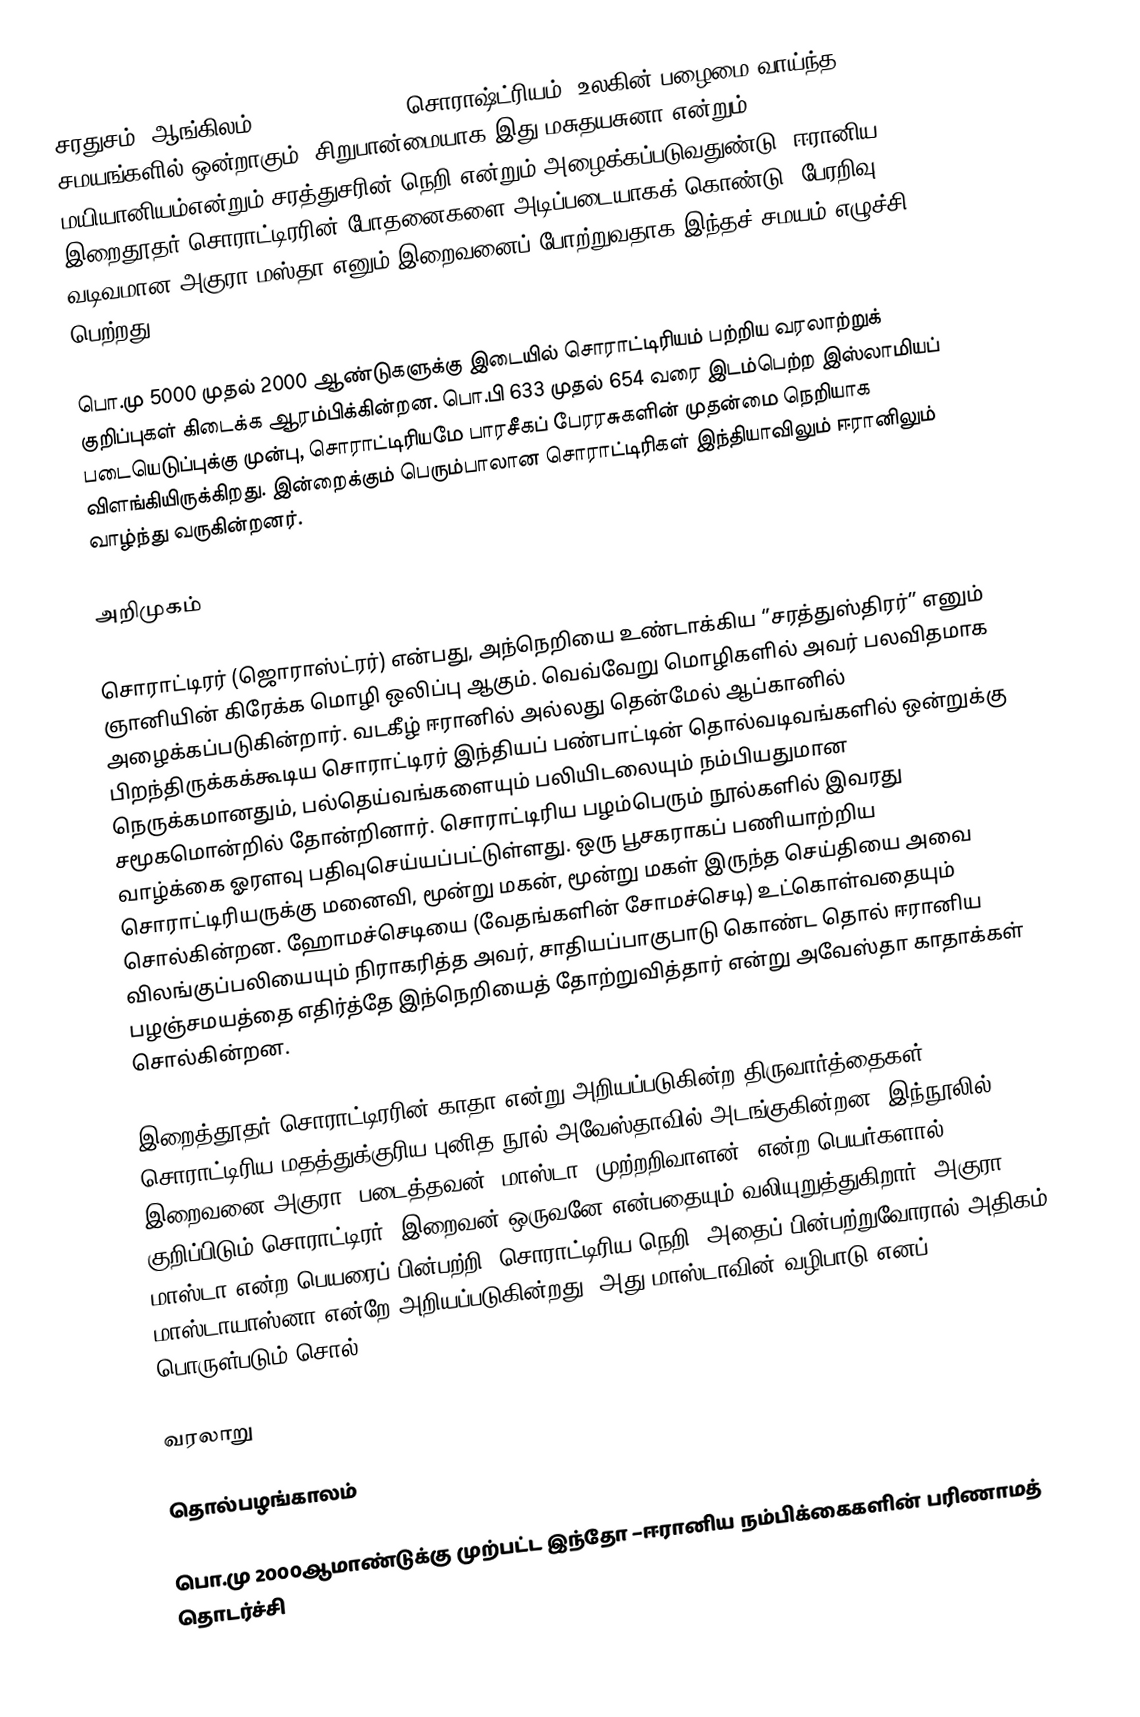
சரதுசம் (ஆங்கிலம்: Zoroastrianism, சொராஷ்ட்ரியம்) உலகின் பழைமை வாய்ந்த சமயங்களில் ஒன்றாகும். சிறுபான்மையாக இது மசுதயசுனா என்றும் மயியானியம்என்றும் சரத்துசரின் நெறி என்றும் அழைக்கப்படுவதுண்டு. ஈரானிய இறைதூதர் சொராட்டிரரின் போதனைகளை அடிப்படையாகக் கொண்டு, பேரறிவு வடிவமான அகுரா மஸ்தா எனும் இறைவனைப் போற்றுவதாக இந்தச் சமயம் எழுச்சி பெற்றது.

பொ.மு 5000 முதல் 2000 ஆண்டுகளுக்கு இடையில் சொராட்டிரியம் பற்றிய வரலாற்றுக் குறிப்புகள் கிடைக்க ஆரம்பிக்கின்றன. பொ.பி 633 முதல் 654 வரை இடம்பெற்ற இஸ்லாமியப் படையெடுப்புக்கு முன்பு,  சொராட்டிரியமே பாரசீகப் பேரரசுகளின் முதன்மை நெறியாக விளங்கியிருக்கிறது. இன்றைக்கும் பெரும்பாலான சொராட்டிரிகள் இந்தியாவிலும் ஈரானிலும் வாழ்ந்து வருகின்றனர்.

அறிமுகம்

சொராட்டிரர் (ஜொராஸ்ட்ரர்) என்பது, அந்நெறியை உண்டாக்கிய ‘’சரத்துஸ்திரர்’’ எனும் ஞானியின் கிரேக்க மொழி ஒலிப்பு ஆகும். வெவ்வேறு மொழிகளில் அவர் பலவிதமாக அழைக்கப்படுகின்றார்.  வடகீழ் ஈரானில் அல்லது தென்மேல் ஆப்கானில் பிறந்திருக்கக்கூடிய சொராட்டிரர்  இந்தியப் பண்பாட்டின் தொல்வடிவங்களில் ஒன்றுக்கு நெருக்கமானதும்,   பல்தெய்வங்களையும் பலியிடலையும் நம்பியதுமான சமூகமொன்றில் தோன்றினார். சொராட்டிரிய பழம்பெரும் நூல்களில்  இவரது வாழ்க்கை ஓரளவு பதிவுசெய்யப்பட்டுள்ளது. ஒரு பூசகராகப் பணியாற்றிய சொராட்டிரியருக்கு மனைவி, மூன்று மகன், மூன்று மகள் இருந்த செய்தியை அவை சொல்கின்றன. ஹோமச்செடியை (வேதங்களின் சோமச்செடி) உட்கொள்வதையும் விலங்குப்பலியையும் நிராகரித்த அவர், சாதியப்பாகுபாடு கொண்ட தொல் ஈரானிய பழஞ்சமயத்தை எதிர்த்தே இந்நெறியைத் தோற்றுவித்தார் என்று அவேஸ்தா காதாக்கள் சொல்கின்றன.

இறைத்தூதர் சொராட்டிரரின் காதா என்று அறியப்படுகின்ற திருவார்த்தைகள் சொராட்டிரிய மதத்துக்குரிய புனித நூல் அவேஸ்தாவில்  அடங்குகின்றன. இந்நூலில் இறைவனை அகுரா (படைத்தவன்) மாஸ்டா (முற்றறிவாளன்) என்ற பெயர்களால் குறிப்பிடும் சொராட்டிரர், இறைவன் ஒருவனே என்பதையும் வலியுறுத்துகிறார். அகுரா மாஸ்டா என்ற பெயரைப் பின்பற்றி, சொராட்டிரிய நெறி, அதைப் பின்பற்றுவோரால் அதிகம் மாஸ்டாயாஸ்னா என்றே அறியப்படுகின்றது. அது மாஸ்டாவின் வழிபாடு எனப் பொருள்படும் சொல்.

வரலாறு

தொல்பழங்காலம்

பொ.மு 2000ஆமாண்டுக்கு முற்பட்ட இந்தோ –ஈரானிய நம்பிக்கைகளின் பரிணாமத் தொடர்ச்சி